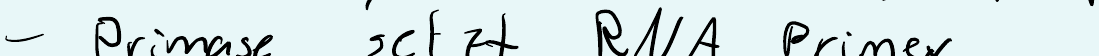
- Primase setzt RNA Primer